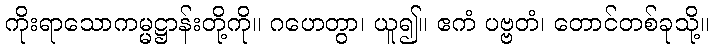
ကိုးရာသောကမ္မဋ္ဌာန်းတို့ကို။ ဂဟေတွာ၊ ယူ၍။ ဧကံ ပဗ္ဗတံ၊ တောင်တစ်ခုသို့။